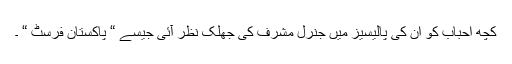
کچھ احباب کو ان کی پالیسیز میں جنرل مشرف کی جھلک نظر آئی جیسے “ پاکستان فرسٹ “ ۔